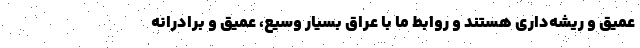
عمیق و ریشه‌داری هستند و روابط ما با عراق بسیار وسیع، عمیق و برادرانه